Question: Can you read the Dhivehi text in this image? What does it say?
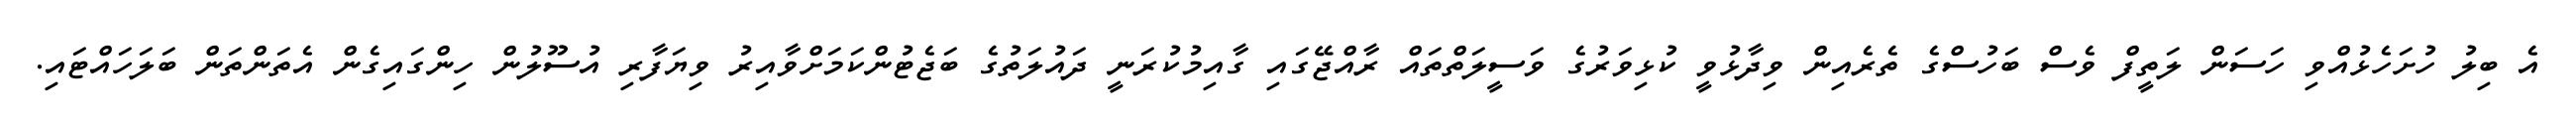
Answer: އެ ބިލު ހުށަހެޅުއްވި ހަސަން ލަތީފް ވެސް ބަހުސްގެ ތެރެއިން ވިދާޅުވީ ކުޅިވަރުގެ ވަސީލަތްތައް ރާއްޖޭގައި ގާއިމުކުރަނީ ދައުލަތުގެ ބަޖެޓުންކަމަށްވާއިރު ވިޔަފާރި އުސޫލުން ހިންގައިގެން އެތަންތަން ބަލަހައްޓައި.